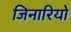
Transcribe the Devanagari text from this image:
जिनारियो